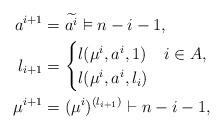
LaTeX: \begin{align*}a^{i+1}&=\widetilde{a^{i}}\vDash n-i-1,\\l_{i+1}&=\begin{cases}l(\mu^{i},a^{i},1)&i\in A,\\l(\mu^{i},a^{i},l_{i})&\end{cases}\\\mu^{i+1}&=(\mu^{i})^{(l_{i+1})}\vdash n-i-1,\end{align*}